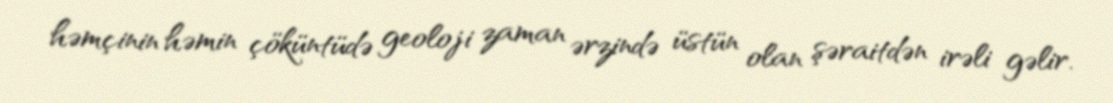
həmçinin həmin çöküntüdə geoloji zaman ərzində üstün olan şəraitdən irəli gəlir.